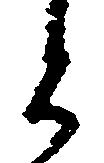
と